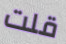
قلت